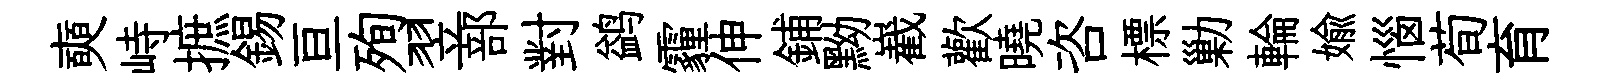
奭峙摭錫亘殉翌部對鹢霾伸鋪黝嶻歡曉咨標勦輪媮惱荀育